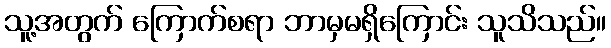
သူ့အတွက် ကြောက်စရာ ဘာမှမရှိကြောင်း သူသိသည်။